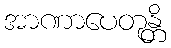
အာဏာပေတုန္တိ